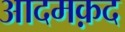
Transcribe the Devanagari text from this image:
आदमक़द